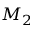
M _ { 2 }